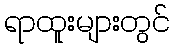
ရာထူးများတွင်